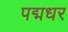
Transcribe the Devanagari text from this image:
पद्मधर